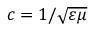
c = 1 / { \sqrt { \varepsilon \mu } }